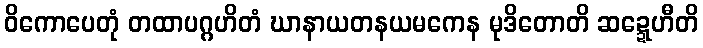
ဝိကောပေတုံ တထာပဂ္ဂဟိတံ ဃာနာယတနယမကေန မုဒိတောတိ ဆဍ္ဍေဟီတိ